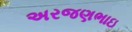
અરજણભાઇ